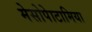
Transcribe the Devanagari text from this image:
मेसोपेाटामिया